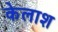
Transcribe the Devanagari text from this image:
केलाश